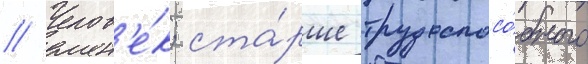
// Челов'е́к; ста́рше трудоспосо́бного